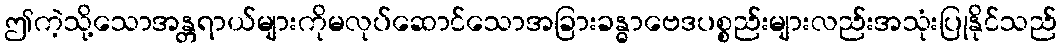
ဤကဲ့သို့သောအန္တရာယ်များကိုမလုပ်ဆောင်သောအခြားခန္ဓာဗေဒပစ္စည်းများလည်းအသုံးပြုနိုင်သည်